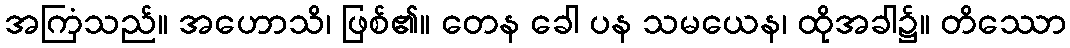
အကြံသည်။ အဟောသိ၊ ဖြစ်၏။ တေန ခေါ ပန သမယေန၊ ထိုအခါ၌။ တိဿော